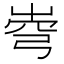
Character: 𡹗